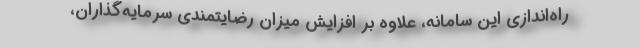
راه‌اندازی این سامانه، علاوه بر افزایش میزان رضایتمندی سرمایه‌گذاران،